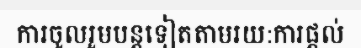
ការចូលរួមបន្តទៀតតាមរយ:ការផ្តល់